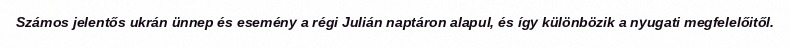
Számos jelentős ukrán ünnep és esemény a régi Julián naptáron alapul, és így különbözik a nyugati megfelelőitől.